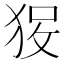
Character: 𱭽